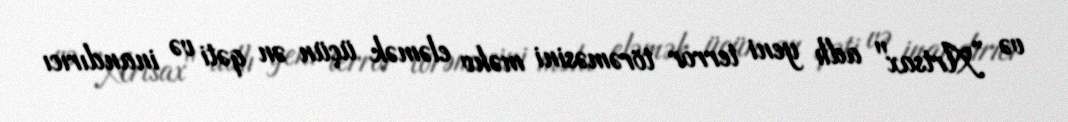
və ”Artsax" adlı yeni terror törəməsini məhv eləmək üçün ən qəti və inandırıcı